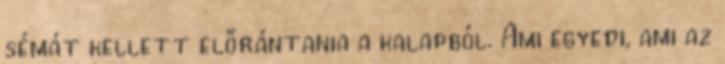
sémát kellett előrántania a kalapból. Ami egyedi, ami az